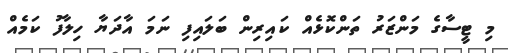
މި ޓީސާގެ މަންޒަރު ތަންކޮޅެއް ކައިރިން ބަލައިފި ނަމަ އާދަޔާ ހިލާފު ކަމެއް